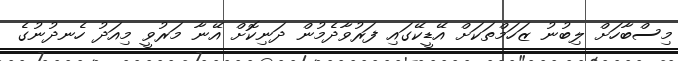
މިސްބާހަށް ލިބުނު ޒަހަމްތަކަށް އޭޑީކޭގައި ފަރުވާދެމުން ދަނިކޮށް އޭނާ މަރުވީ މިއަދު ހެނދުނުގެ